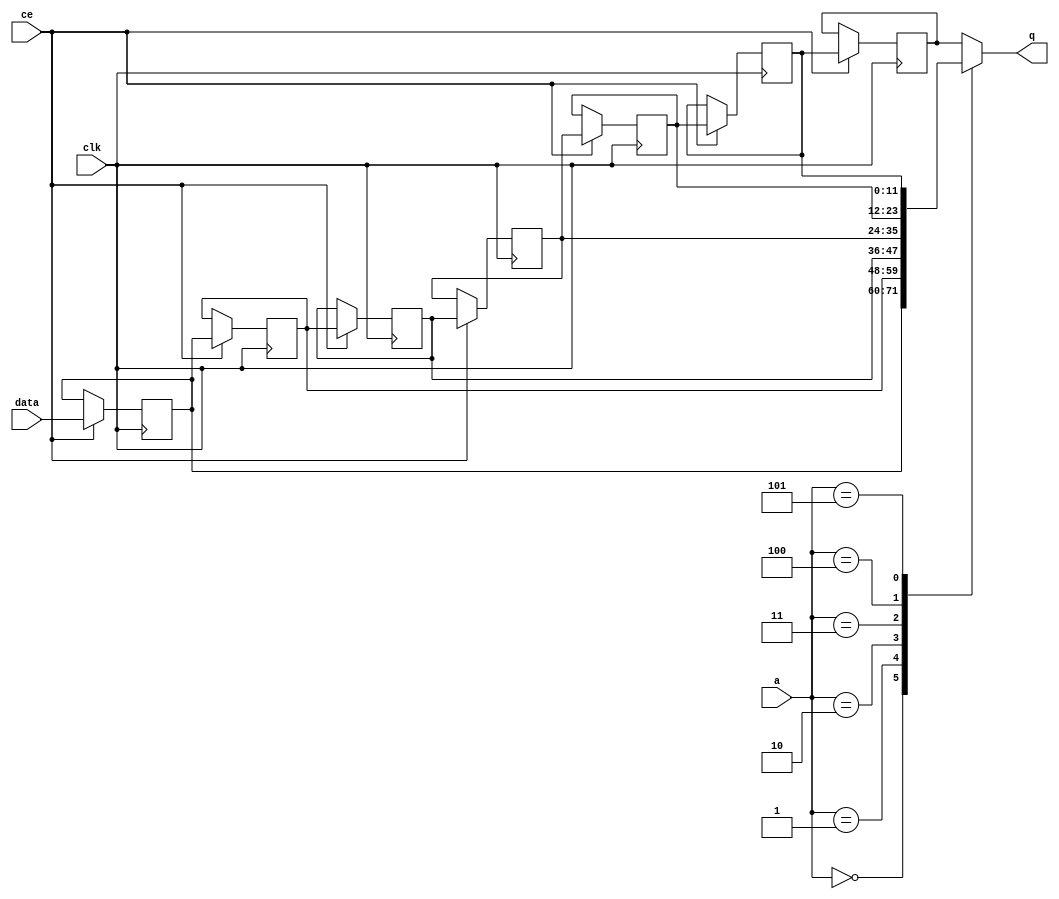
module td_fused_top_fifo_w12_d7_S_shiftReg (
    clk,
    data,
    ce,
    a,
    q);

parameter DATA_WIDTH = 32'd12;
parameter ADDR_WIDTH = 32'd3;
parameter DEPTH = 4'd7;

input clk;
input [DATA_WIDTH-1:0] data;
input ce;
input [ADDR_WIDTH-1:0] a;
output [DATA_WIDTH-1:0] q;

reg[DATA_WIDTH-1:0] sr_0, sr_1, sr_2, sr_3, sr_4, sr_5, sr_6;
integer i;

always @ (posedge clk)
    begin
        if (ce)
        begin
            sr_0 <= data;
            sr_1 <= sr_0;
            sr_2 <= sr_1;
            sr_3 <= sr_2;
            sr_4 <= sr_3;
            sr_5 <= sr_4;
            sr_6 <= sr_5;


        end
    end

always @( sr_0, sr_1, sr_2, sr_3, sr_4, sr_5, sr_6, a) begin
   case (a)
      3'd0: q = sr_0;
      3'd1: q = sr_1;
      3'd2: q = sr_2;
      3'd3: q = sr_3;
      3'd4: q = sr_4;
      3'd5: q = sr_5;
      3'd6: q = sr_6;
      default: q = sr_6;
   endcase
end

endmodule